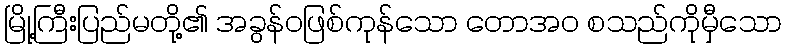
မြို့ကြီးပြည်မတို့၏ အခွန်ဝဖြစ်ကုန်သော တောအဝ စသည်ကိုမှီသော